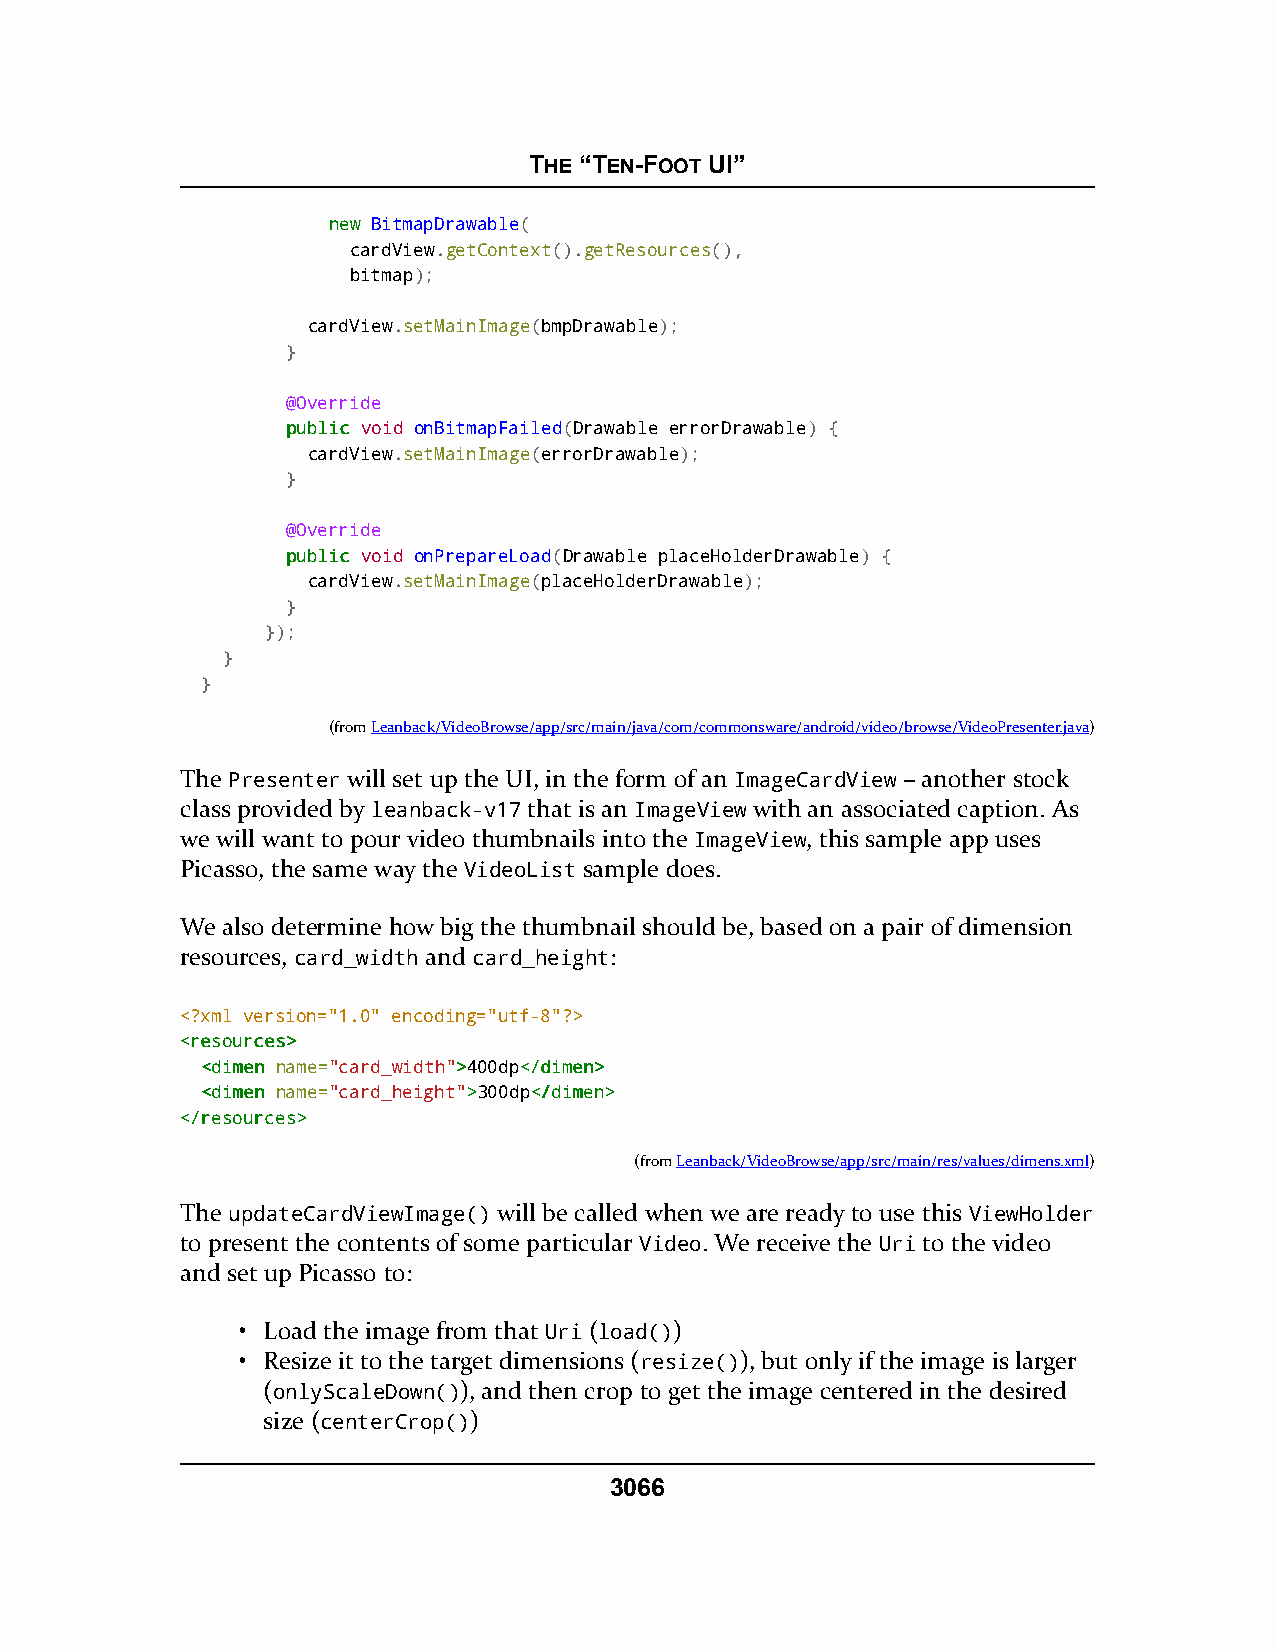
THE “TEN-FOOT UI”
 nneeww BitmapDrawable(
 cardView.getContext().getResources(),
 bitmap);
 cardView.setMainImage(bmpDrawable);
 }
 @Override
 ppuubblliicc void onBitmapFailed(Drawable errorDrawable) {
 cardView.setMainImage(errorDrawable);
 }
 @Override
 ppuubblliicc void onPrepareLoad(Drawable placeHolderDrawable) {
 cardView.setMainImage(placeHolderDrawable);
 }
 });
 }
 }
 (fromLeanback/VideoBrowse/app/src/main/java/com/commonsware/android/video/browse/VideoPresenter.java)
 The Presenter will set up the UI, in the form of an ImageCardView – another stock
 class provided by leanback-v17 that is an ImageView with an associated caption. As
 we will want to pour video thumbnails into the ImageView, this sample app uses
 Picasso, the same way the VideoList sample does.
 We also determine how big the thumbnail should be, based on a pair of dimension
 resources, card_width and card_height:
 <?xml version="1.0" encoding="utf-8"?>
 <<rreessoouurrcceess>>
 <<ddiimmeenn name="card_width">>400dp<<//ddiimmeenn>>
 <<ddiimmeenn name="card_height">>300dp<<//ddiimmeenn>>
 <<//rreessoouurrcceess>>
 (fromLeanback/VideoBrowse/app/src/main/res/values/dimens.xml)
 The updateCardViewImage() will be called when we are ready to use this ViewHolder
 to present the contents of some particular Video. We receive the Uri to the video
 and set up Picasso to:
 • Load the image from that Uri (load())
 • Resize it to the target dimensions (resize()), but only if the image is larger
 (onlyScaleDown()), and then crop to get the image centered in the desired
 size (centerCrop())
 3066